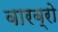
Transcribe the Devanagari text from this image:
बारब्रो